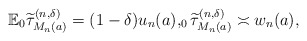
\begin{align*} \mathbb{E}_0\widetilde{\tau}^{(n,\delta)}_{M_n(a)}=(1-\delta)u_n(a), _0\widetilde{\tau}^{(n,\delta)}_{M_n(a)}\asymp w_n(a),\end{align*}